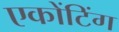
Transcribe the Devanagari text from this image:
एकोंटिंग